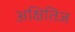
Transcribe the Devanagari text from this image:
अक्षितिज